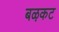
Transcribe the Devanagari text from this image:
बऴकट